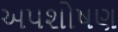
અપશોષણ